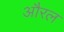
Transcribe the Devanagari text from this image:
औरल